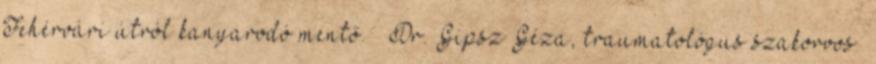
Fehérvári útról kanyarodó mentő.” Dr. Gipsz Géza, traumatológus szakorvos